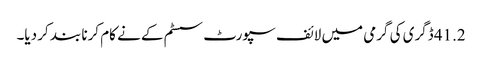
41.2 ڈگری کی گرمی میں لائف سپورٹ سسٹم کے نے کام کرنا بند کر دیا۔